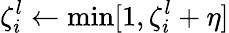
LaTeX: \zeta_{i}^{l}\gets\operatorname*{min}[1,\zeta_{i}^{l}+\eta]